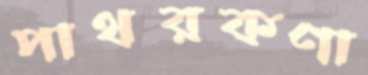
পাথরকণা